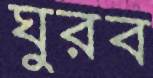
ঘুরব